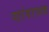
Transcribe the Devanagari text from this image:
पारंपरागक